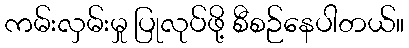
ကမ်းလှမ်းမှု ပြုလုပ်ဖို့ စီစဉ်နေပါတယ်။